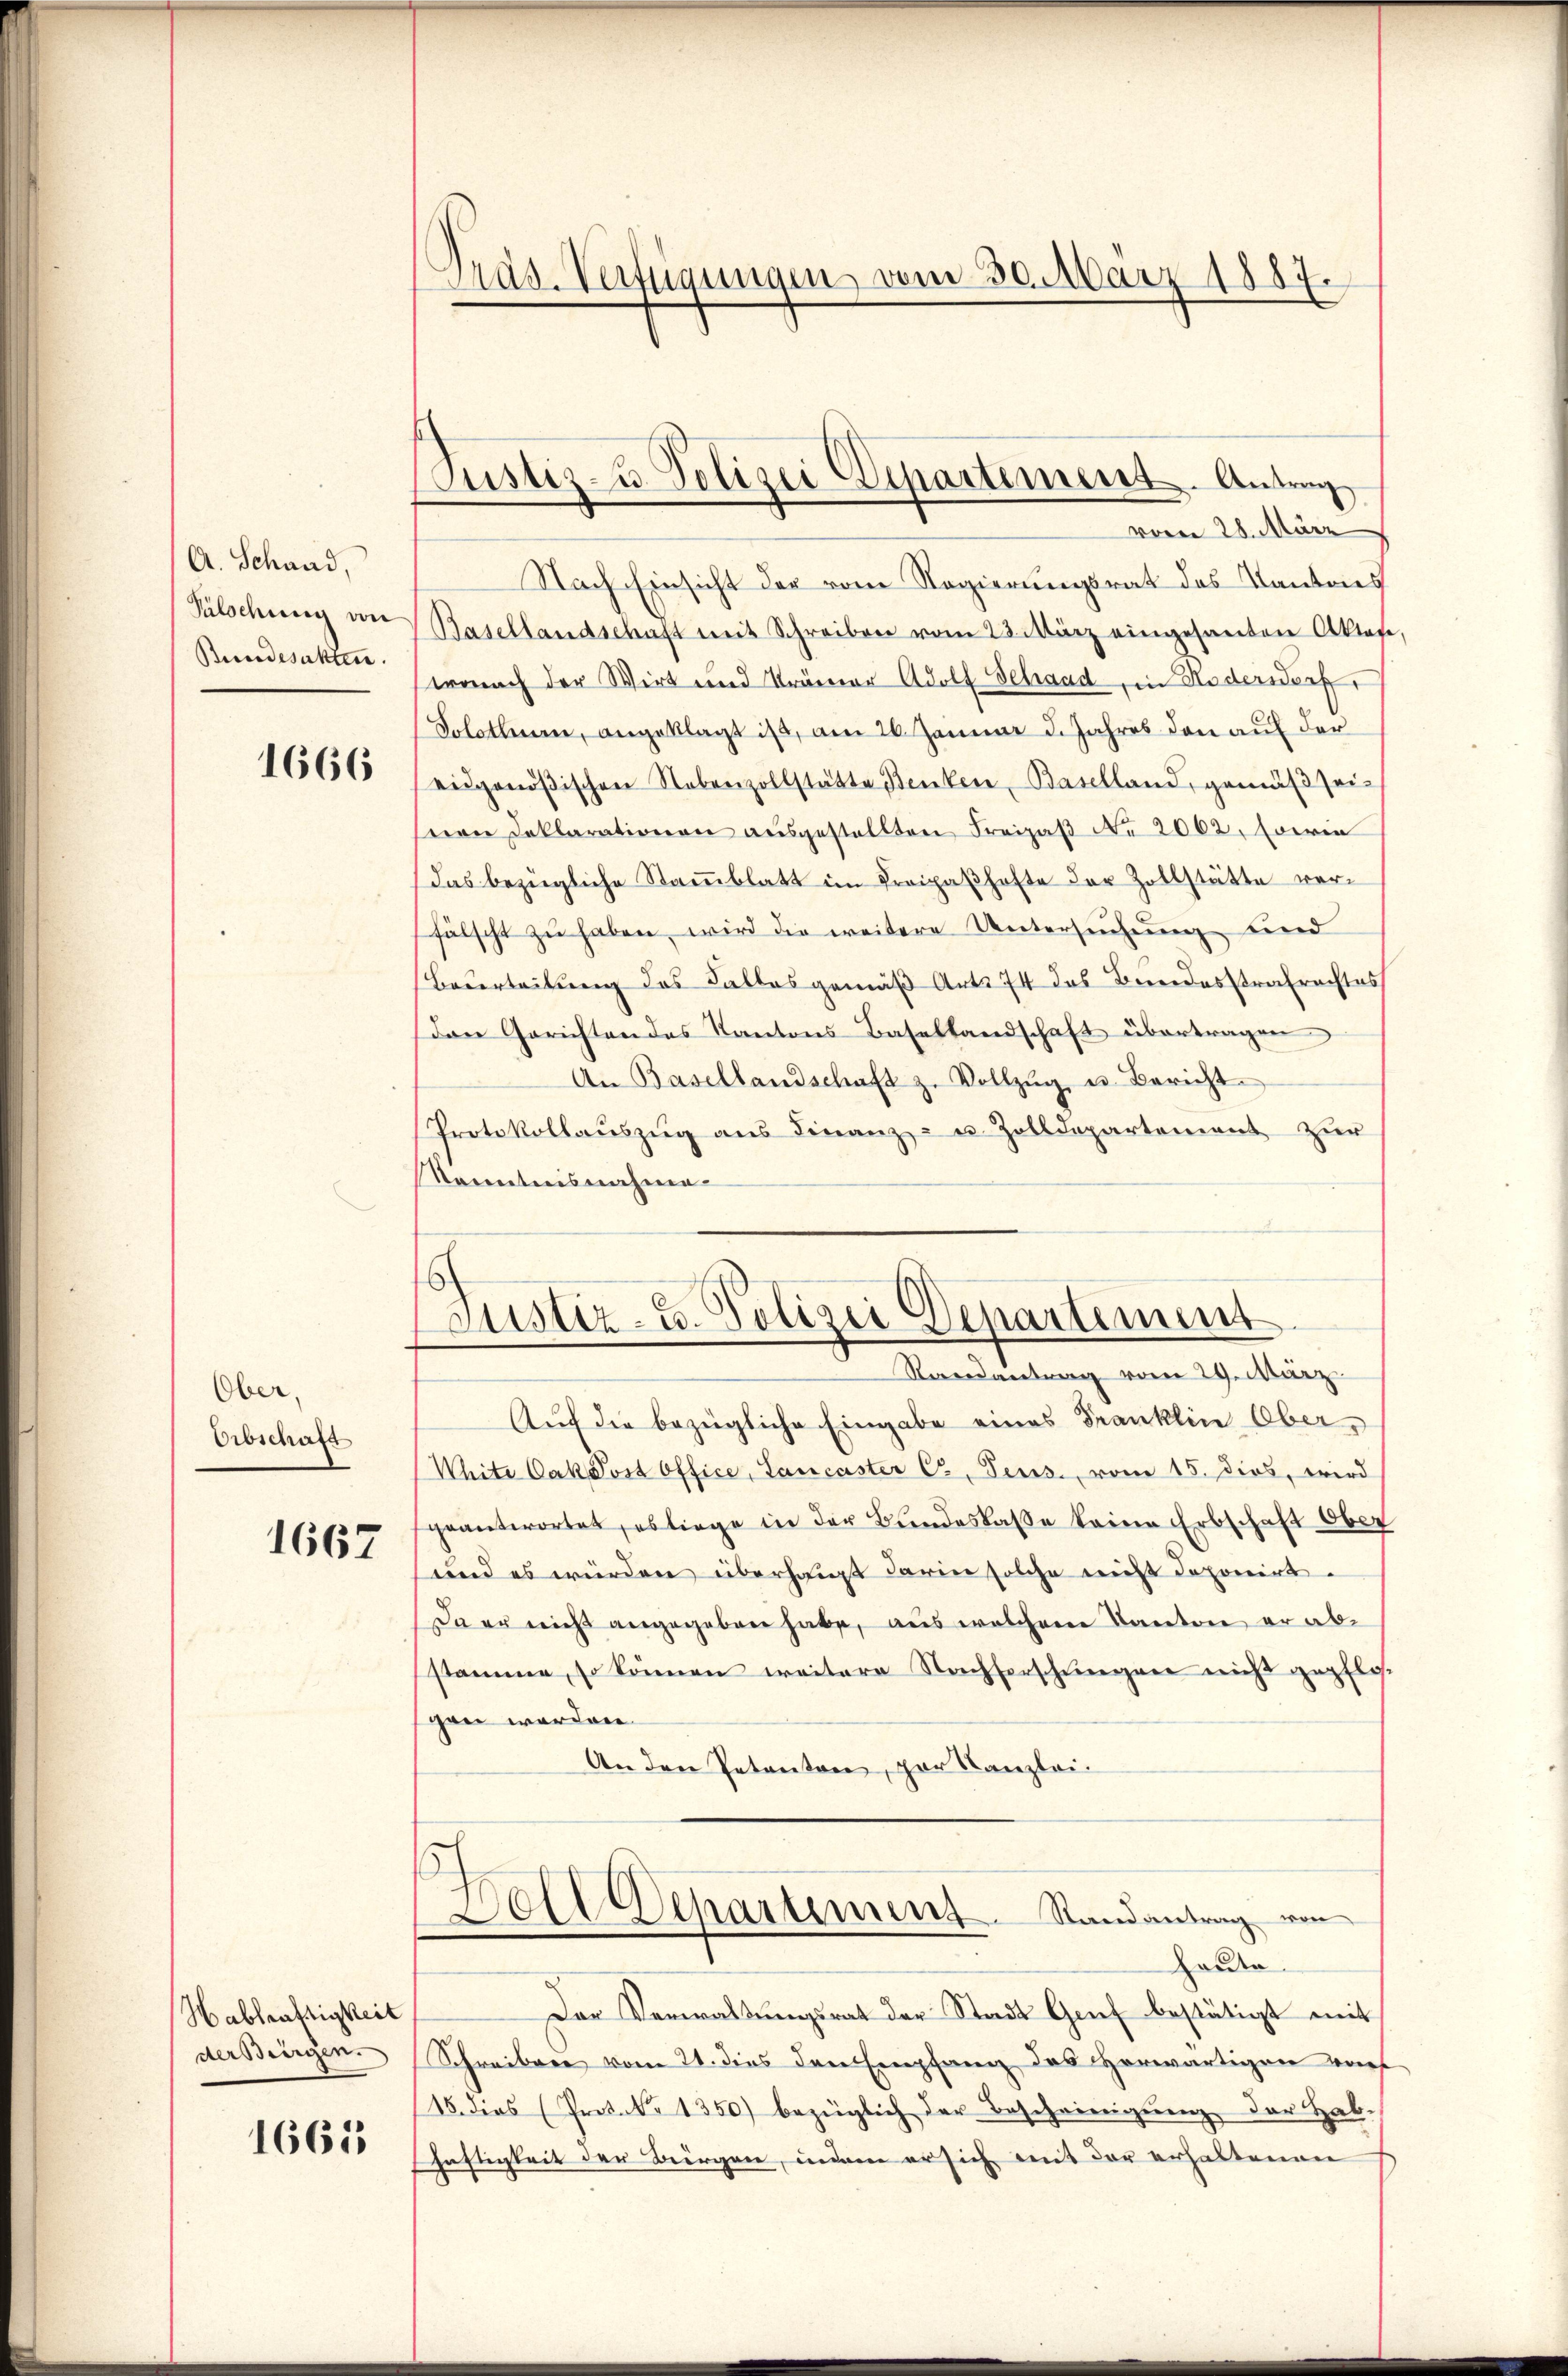
A. Schaad,
Pälschung von
Bundesackten.

1666

Ober
Erbschaft
1667

Habhräftigkeit
der Bergen.

1665

.
Präs. Verfügungen, vom 30. März 1887.

Justiz- & Polizei Departement. Antrag
vom 28. März

Nach Einsicht der vom Regierungsrat des Kantons
Basellandschaft mit Schreiben vom 23. März eingesanten Aktes,
wonach der Wirt und Krämer Adolf Schaad, in Nederwerf
Solothurn, angeklagt ist, am 26. Januar 5. Jahres den auf der
eidgenößischen Nebenzollstätte Benken, Baselland, gemäβ sei-
seen Deklarationen aŭsgestellten Freizaβ No 20602. Ferie
Das bezügliche Stammblatt im Freipaßhafte der Zollstätte verfälscht zŭ haben, wird die weitere Untersŭchŭng und
Beurteilung des Falles gemäß Art. 74 das Bundesstrafrachtes
den Gerichten des Kantons-Basellandschaft übertragen
An Basellandschaft z. Vollzŭg u. Bericht
Protokollaŭszŭg ans Finanz- u. Zolldepartement zŭr
Kanntnisnahmen

Justiz- u. Polizei Departement
Randantrag vom 29. März

Auf die bezügliche Eingabe eines Franklin Ober¬
White Cakdost Office, Lancaster C. Teus., vom 15. dies, wird
geantwortet, es liege in der Bundeskasse keine Erbschaft Ober
sund es würden überhaupt darin solche nicht deponirt.
Da er nicht angegeben habe, aus welchem Kanton er abe
stamme, so können weitere Nachforschlingen nicht gepflos
gen worden.
An den Petenton, par Kanzlei.

e
Dole Departement. Randantrag von
haute

Der Verwaltŭngsrat der Stadt Grief bestätigt mit
Schreiben vom 21. dies den Empfang des Horwärtigen wor
15. dies (Protok. 1350) bezüglich der Bescheinigŭng der Hab-
heftigkeit der Bürgen, indem er sich mit der erhaltenen